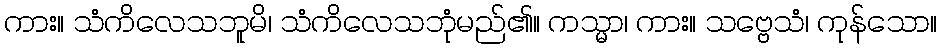
ကား။ သံကိလေသဘူမိ၊ သံကိလေသဘုံမည်၏။ ကသ္မာ၊ ကား။ သဗ္ဗေသံ၊ ကုန်သော။